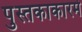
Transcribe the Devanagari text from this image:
पुस्तकाकारमे